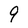
Character: 9